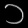
Digit: ၁